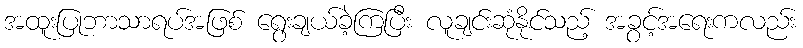
အထူးပြုဘာသာရပ်အဖြစ် ရွေးချယ်ခဲ့ကြပြီး လူချင်းဆုံနိုင်သည့် အခွင့်အရေးကလည်း